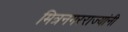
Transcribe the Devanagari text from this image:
मित्रनगरराज्यांनी